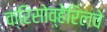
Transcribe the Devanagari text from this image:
क्रिसोव्हेरिलचे